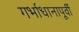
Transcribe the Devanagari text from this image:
गर्भाधानापूर्वी